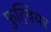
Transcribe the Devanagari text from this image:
फुट्वियर